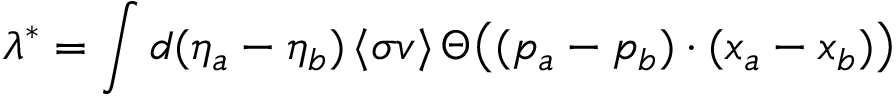
\lambda ^ { * } = \int d ( \eta _ { a } - \eta _ { b } ) \, \langle \sigma v \rangle \, \Theta \bigl ( ( p _ { a } - p _ { b } ) \cdot ( x _ { a } - x _ { b } ) \bigr )